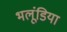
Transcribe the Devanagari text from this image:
भलूंडिया